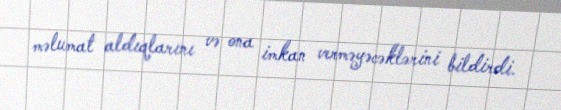
məlumat aldıqlarını və ona imkan verməyəcəklərini bildirdi.